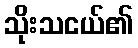
သိုးသငယ်၏